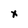
Character: x